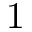
1